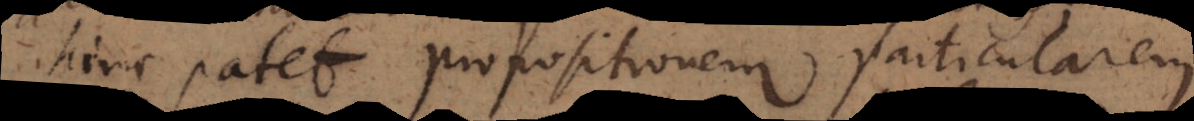
hinc patet propositionem particularem